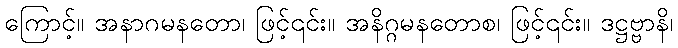
ကြောင့်။ အနာဂမနတော၊ ဖြင့်၎င်း။ အနိဂ္ဂမနတောစ၊ ဖြင့်၎င်း။ ဒဋ္ဌဗ္ဗာနိ၊